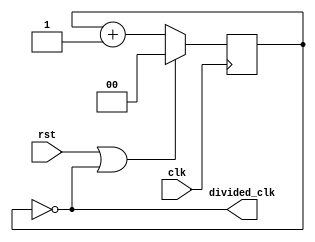
`timescale 1ns / 1ps
//////////////////////////////////////////////////////////////////////////////////
// Company: 
// Engineer: 
// 
// Design Name: 
// Module Name: ClockDivider
// Project Name: 
// Target Devices: 
// Tool Versions: 
// Description: 
// 
// Dependencies: 
// 
// Revision:
// Revision 0.01 - File Created
// Additional Comments:
// 
//////////////////////////////////////////////////////////////////////////////////

// A clock divider with synchronous reset.
module ClockDivider #(parameter DIVISION_FACTOR = 1) (
    input clk,
    input rst,
    output divided_clk
    );
    reg [$clog2(DIVISION_FACTOR)-1:0] counter;
    
    assign divided_clk = counter == DIVISION_FACTOR - 1;
    
    always @(posedge clk) begin
        if (rst || counter == DIVISION_FACTOR - 1) begin
            counter <= 0;
        end else begin
            counter <= counter + 1;
        end
    end
endmodule